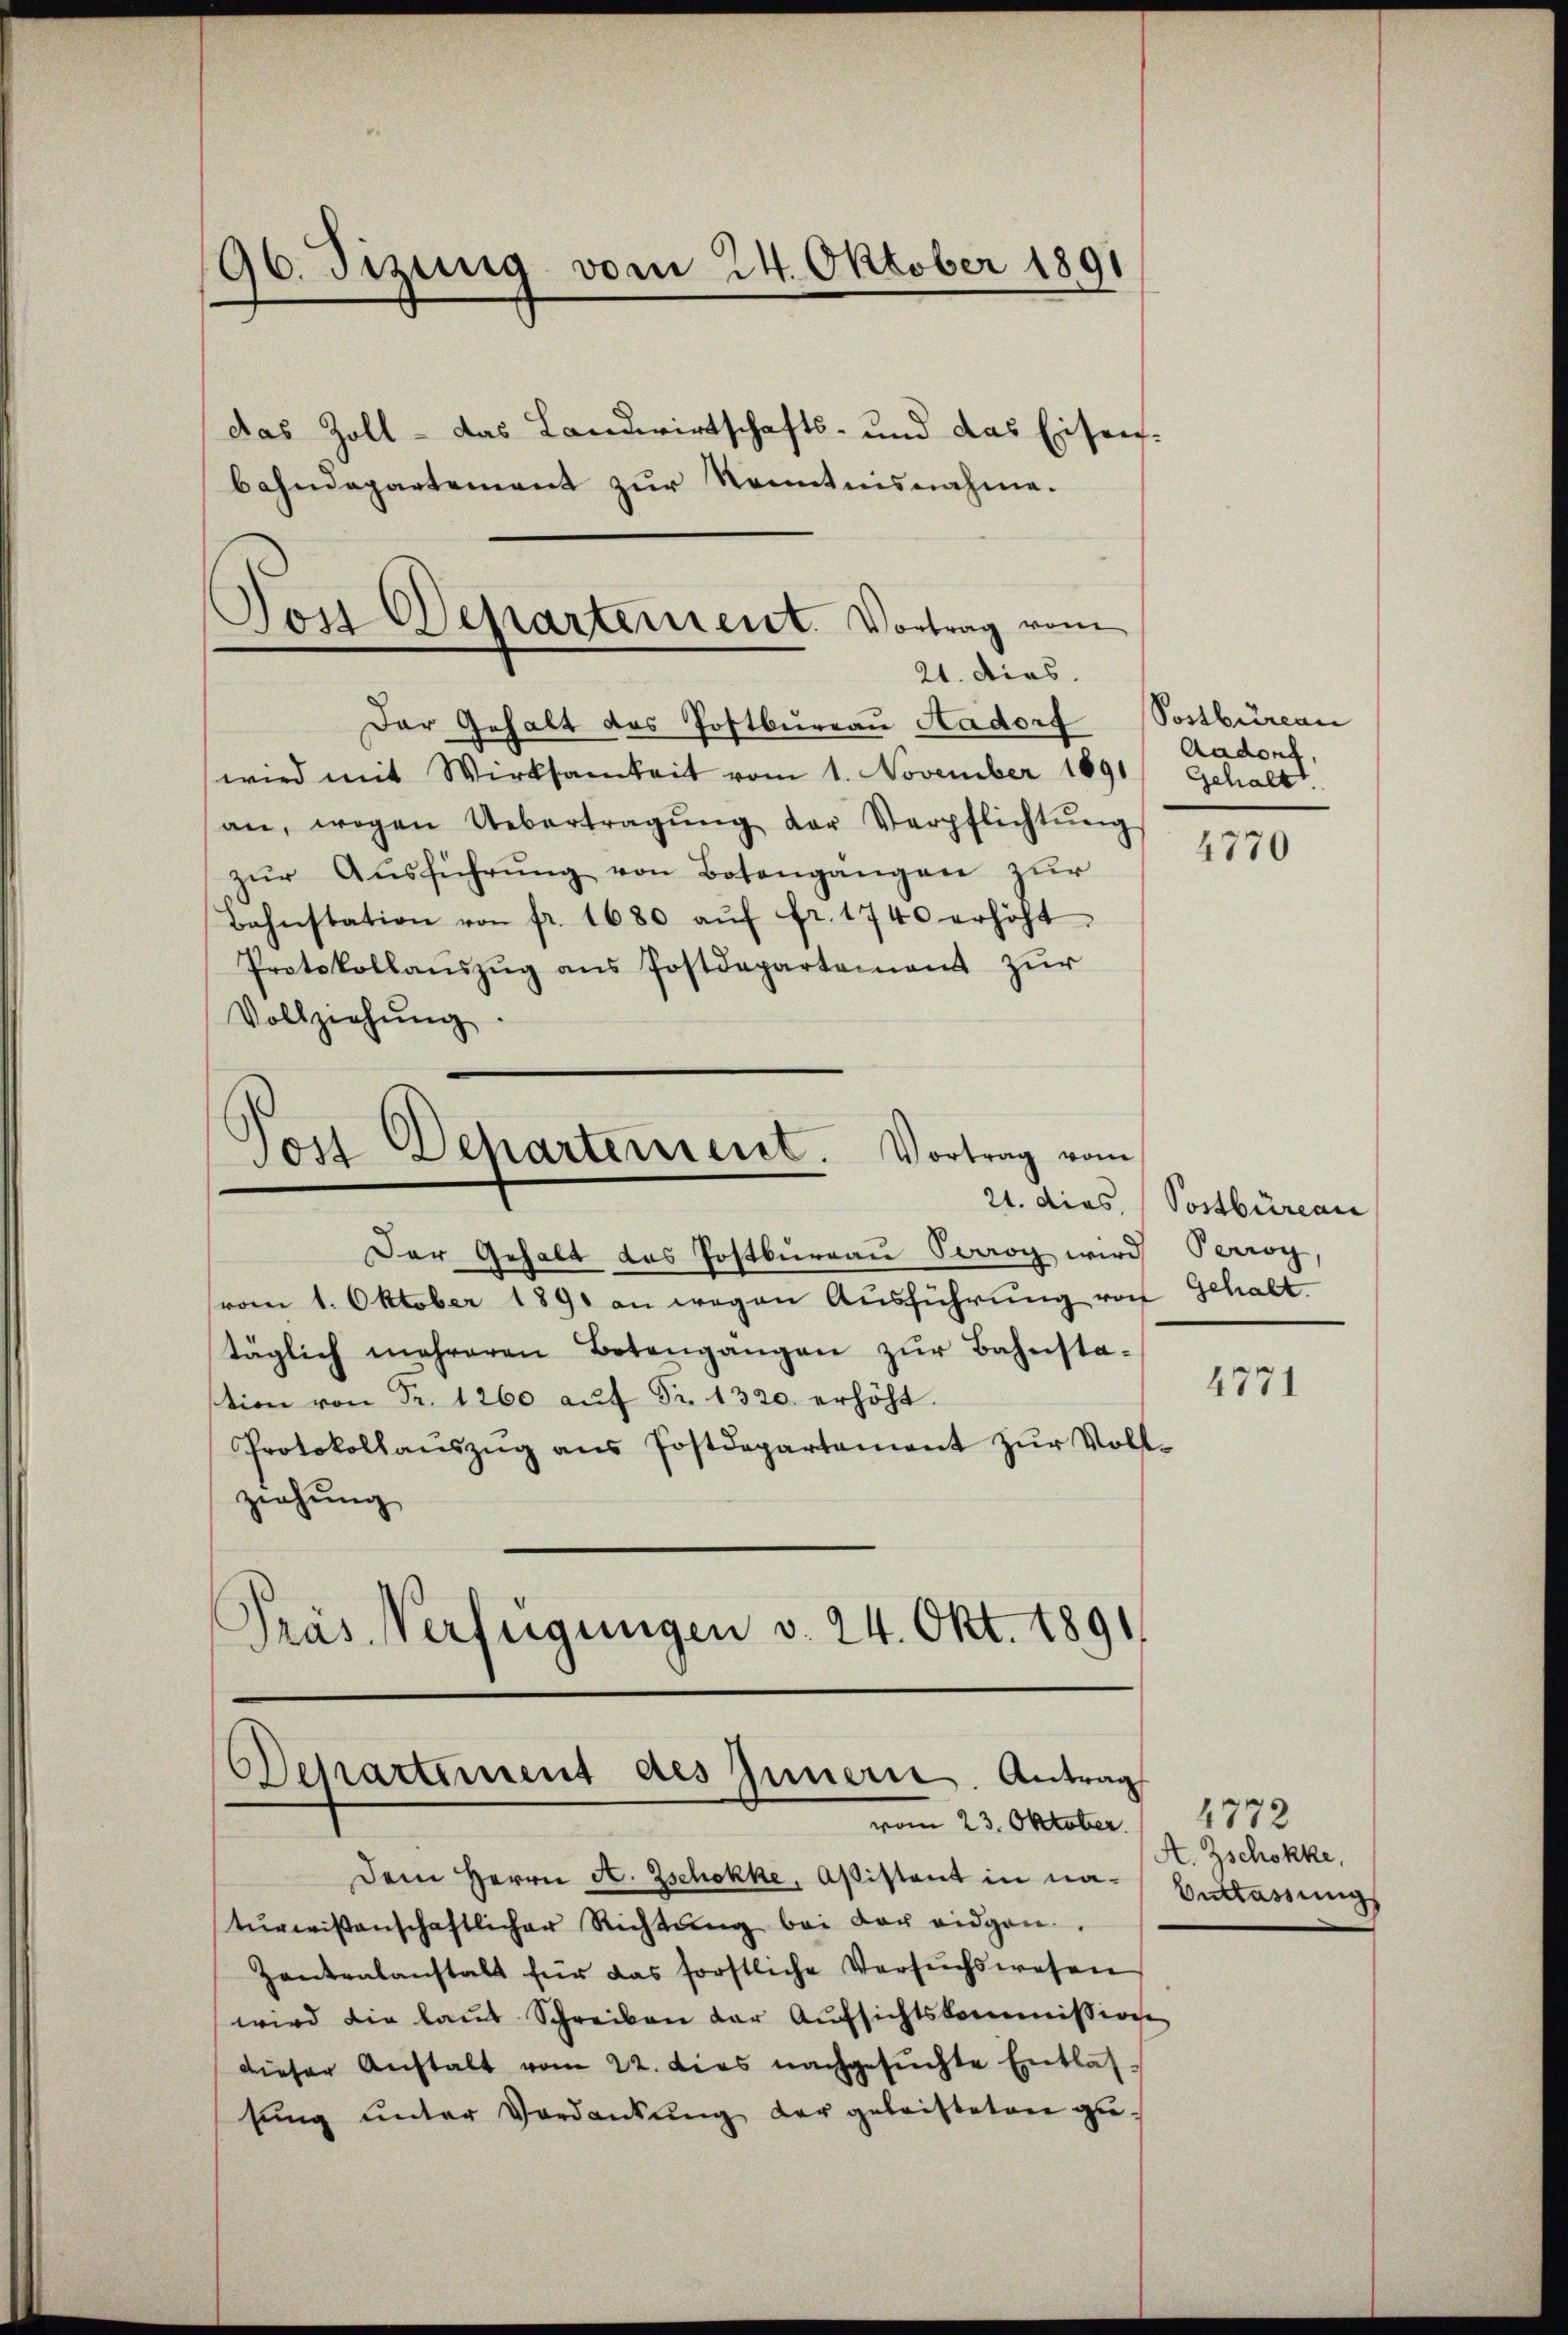
96. Sitzung vom 24. Oktober 1891
das Zoll - das Landwirtschafts- und das Eisenbahndepartement zur Kenntnisnahme.

Der Gehalt des Postbureau Aadorf Postbüreau
wird mit Wirksamkeit vom 1. November 1891 gehalt
an, wegen Uebertragŭng der Verpflichtŭng
zŭr Aŭsführŭng von Botengängen zŭr
Bahnstation von fr. 1680 aŭf fr. 1740 erhöht.
Protokollaŭszŭg ans Postdepartement zŭr
Vollziehung

Tos Departement. Vortrag vom
21. dies

Der Gehalt des Postbureau Sowog wird Perrog,
vom 1. Oktober 1891 an wegen Ausführung von Gehalt.
täglich mehreren Botengangen zŭr Bahnsta-
stion von Fr. 1260 aŭf Fr. 1320. erhöht.
Protokollanszŭg ans Postdepartement zŭr Voll-
ziehung
Präs. Verfügungen v. 24. Okt. 1891

Post Departement. Vortrag vom

Departement des Innern. Antrag
vom 23. Oktober.

Aadorf,

Dem Herrn A. Zschokke Aßistant in natŭrwissenschaftlicher Richtŭng bei der eidgen.
Zentralanstalt für das forstliche Versŭchswesen
wird die laŭt Schreiben der Aŭfsichtskommission
dieser Anstalt vom 22. dies nachgesŭchte Entlastŭng ŭnter Verdankŭng der geleisteten zu¬

4770

21. dies, Postbüreau

4771

4772
A. Zschokke,
Entlassung